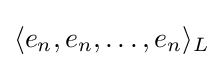
\langle e_{n},e_{n},\dots ,e_{n}\rangle _{L}